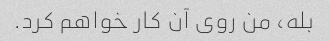
بله، من روی آن کار خواهم کرد.